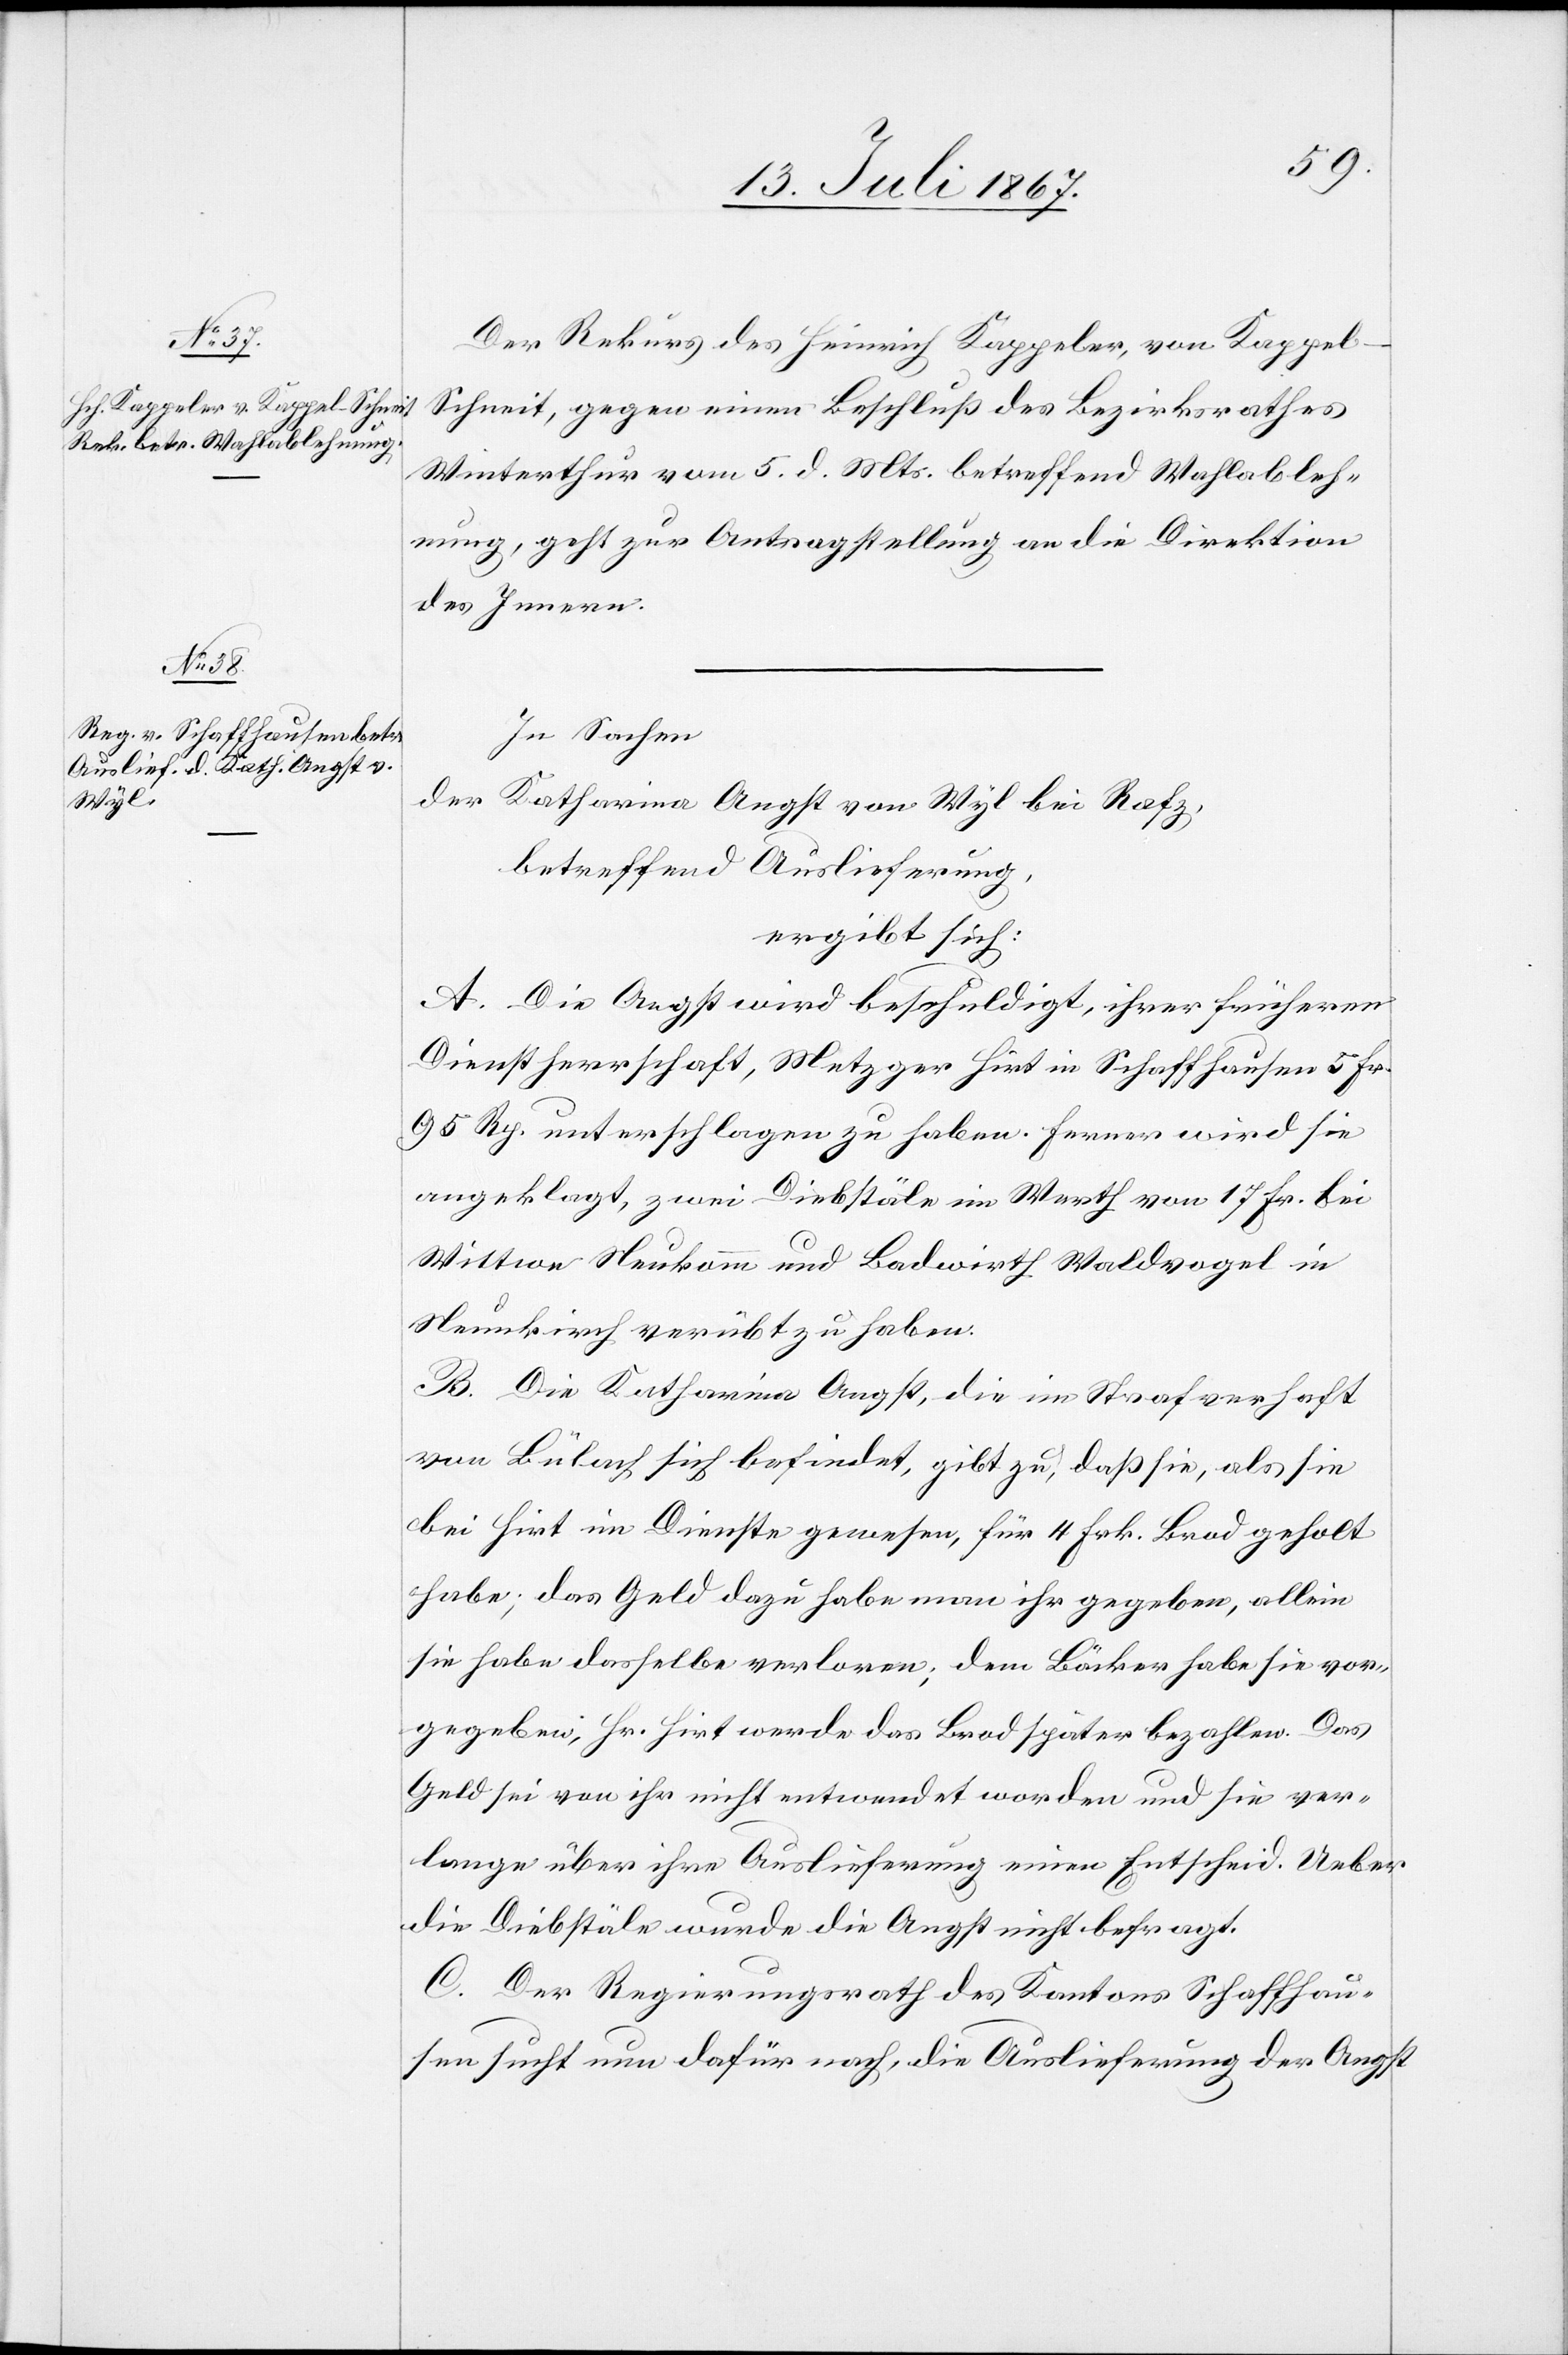
13. Juli 1867.]
Der Rekurs des Heinrich Kappeler, von Kappel-S¬
chneit, gegen einen Beschluß des Bezirksrathes
Winterthur vom 5. d. Mts. betreffend Wahlableh¬
nung, geht zur Antragstellung an die Direktion
des Innern.
In Sachen
der Katharina Angst von Wyl bei Rafz,
betreffend Auslieferung,
ergibt sich:
A. Die Angst wird beschuldigt, ihrer frühern
Dienstherrschaft, Metzger Hirt in Schaffhausen 5 Fr.
95 Rp. unterschlagen zu haben. Ferner wird sie
angeklagt, zwei Diebstäle im Werth von 17 Fr. bei
Wittwe Neukomm und Badwirth Waldvogel in
Neunkirch verübt zu haben.
B. Die Katharina Angst, die im Strafverhaft
von Bülach sich befindet, gibt zu, daß sie, als sie
bei Hirt im Dienste gewesen, für 4 Frk. Brod geholt
habe; das Geld dazu habe man ihr gegeben, allein
sie habe dasselbe verloren; dem Bäcker habe sie vor¬
gegeben, Hr. Hirt werde das Brod später bezahlen. Das
Geld sei von ihr nicht entwendet worden und sie ver¬
lange über ihre Auslieferung einen Entscheid. Ueber
die Diebstäle wurde die Angst nicht befragt.
C. Der Regierungsrath des Kantons Schaffhau¬
sen sucht nun dafür nach, die Auslieferung der Angst